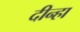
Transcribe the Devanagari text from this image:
दीन्हा